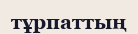
тұрпаттың